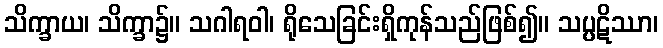
သိက္ခာယ၊ သိက္ခာ၌။ သဂါရဝါ၊ ရိုသေခြင်းရှိကုန်သည်ဖြစ်၍။ သပ္ပဋိဿာ၊